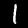
Digit: 1